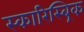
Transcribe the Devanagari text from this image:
स्कारिस्ब्रिक